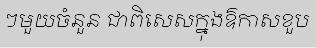
ៗមួយចំនួន ជាពិសេសក្នុងឱកាសខួប